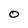
Character: 0